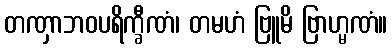
တဏှာဘဝပရိက္ခီဏံ၊ တမဟံ ဗြူမိ ဗြာဟ္မဏံ။